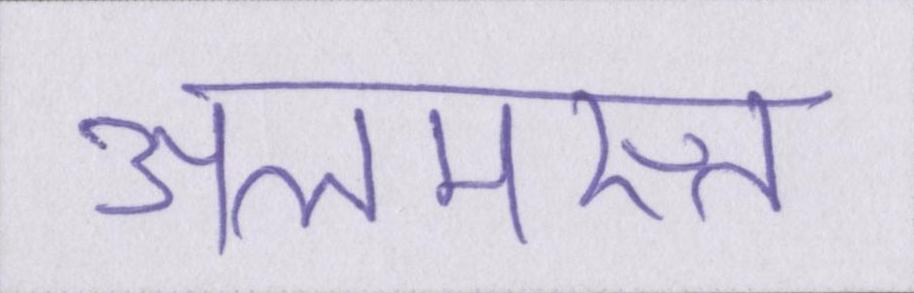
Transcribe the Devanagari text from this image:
अलमस्त